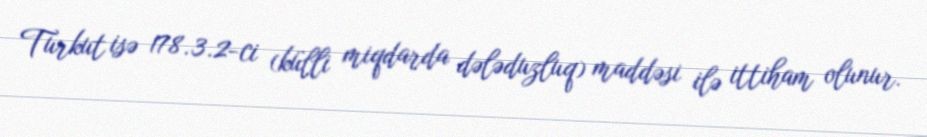
Turkut isə 178.3.2-ci (külli miqdarda dələduzluq) maddəsi ilə ittiham olunur.